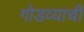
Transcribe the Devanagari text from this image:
गोडव्याची